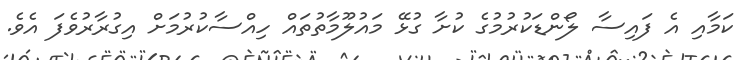
ކަމާއި އެ ފައިސާ ލޯންޑަކުރުމުގެ ކުށާ ގުޅޭ މައުލޫމާތުތައް ހިއްސާކުރުމަށް އިގުރާރުވެފަ އެވެ.